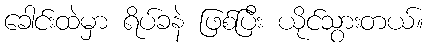
ခေါင်းထဲမှာ ရိပ်ခနဲ ဖြစ်ပြီး ယိုင်သွားတယ်။